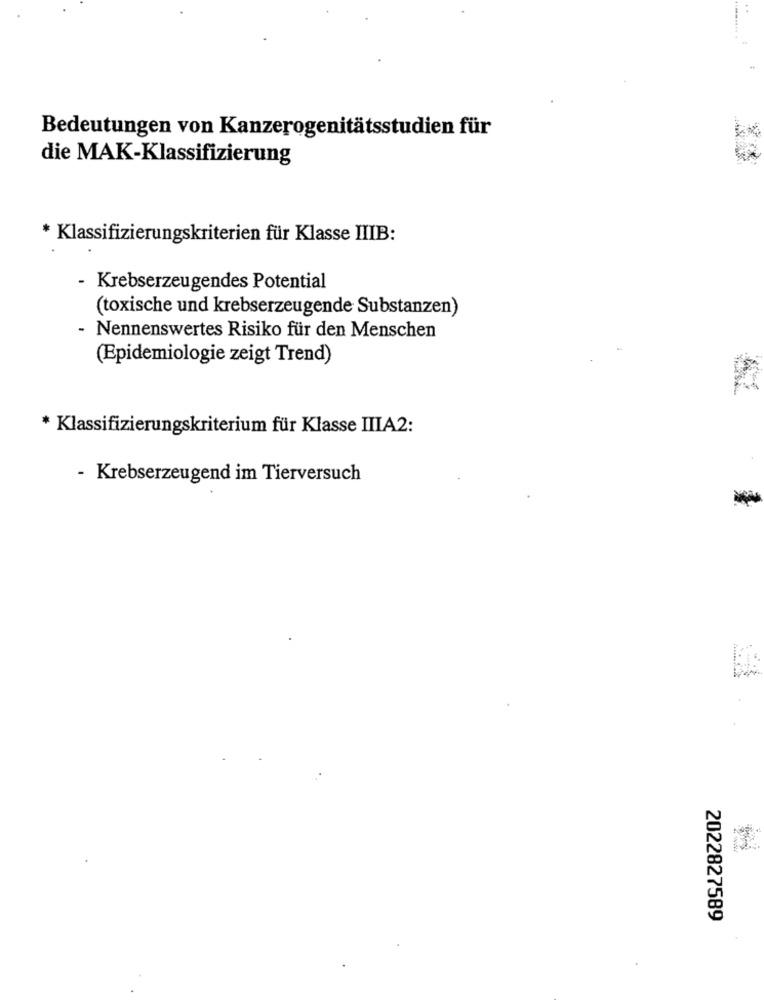
........
Bedeutungen von Kanzerogenitätsstudien für
die MAK-Klassifizierung
* Klassifizierungskriterien für Klasse IIIB:
Krebserzeugendes Potential
(toxische und krebserzeugende Substanzen)
- Nennenswertes Risiko für den Menschen
(Epidemiologie zeigt Trend)
* Klassifizierungskriterium für Klasse IIIA2:
- Krebserzeugend im Tierversuch
2022827589